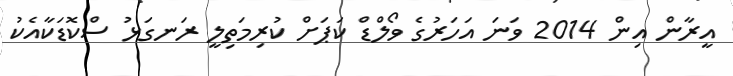
އީރާން އިން 2014 ވަނަ އަހަރުގެ ވޯލްޑް ކަޕަށް ކުރިމަތިލީ ރަނގަޅު ސްކޮޑަކާއެކު